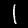
Label: 1